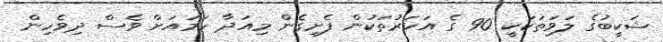
ޝަކީބުގެ ލަވަތަކަކީ 90 ގެ އަހަރުތަކުން ފެށިގެން މިއަދާ ހަމައަށް ވެސް ދިވެހިން